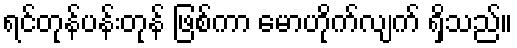
ရင်တုန်ပန်းတုန် ဖြစ်ကာ မောဟိုက်လျက် ရှိသည်။